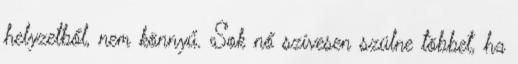
helyzetből, nem könnyű. Sok nő szívesen szülne többet, ha